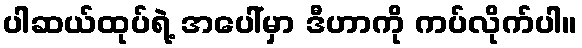
ပါဆယ်ထုပ်ရဲ့ အပေါ်မှာ ဒီဟာကို ကပ်လိုက်ပါ။